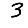
Digit: 3